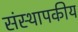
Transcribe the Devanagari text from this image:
संस्थापकीय